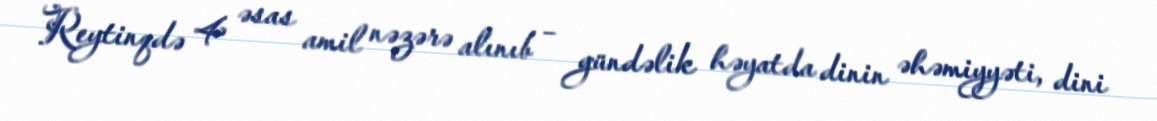
Reytinqdə 4 əsas amil nəzərə alınıb – gündəlik həyatda dinin əhəmiyyəti, dini